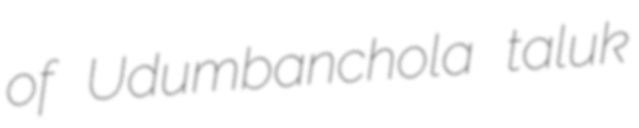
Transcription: of Udumbanchola taluk